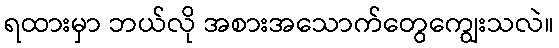
ရထားမှာ ဘယ်လို အစားအသောက်တွေကျွေးသလဲ။